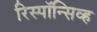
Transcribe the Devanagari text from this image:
रिस्पॉन्सिव्ह